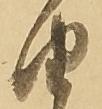
由